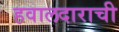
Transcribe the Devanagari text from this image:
हवालदाराची